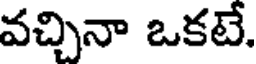
వచ్చినా ఒకటే.